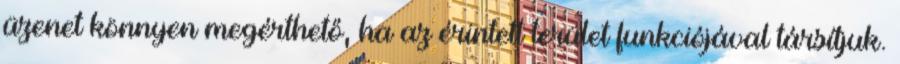
üzenet könnyen megérthető, ha az érintett terület funkciójával társítjuk.